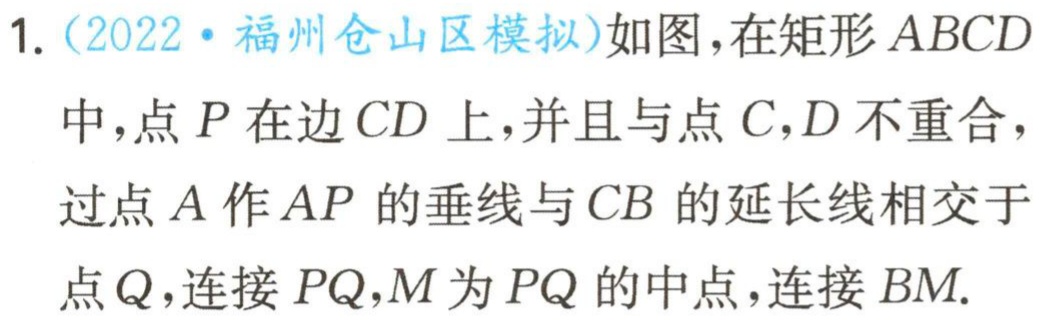
1.（2022·福州仓山区模拟）如图，在矩形\(ABCD\)中，点\(P\)在边\(CD\)上，并且与点\(C,D\)不重合，过点\(A\)作\(AP\)的垂线与\(CB\)的延长线相交于点\(Q\)，连接\(PQ\)，\(M\)为\(PQ\)的中点，连接\(BM\).